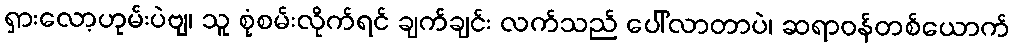
ရှားလော့ဟုမ်းပဲဗျ၊ သူ စုံစမ်းလိုက်ရင် ချက်ချင်း လက်သည် ပေါ်လာတာပဲ၊ ဆရာဝန်တစ်ယောက်